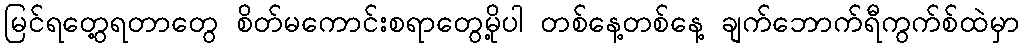
မြင်ရတွေ့ရတာတွေ စိတ်မကောင်းစရာတွေမို့ပါ တစ်နေ့တစ်နေ့ ချက်ဘောက်ရီကွက်စ်ထဲမှာ